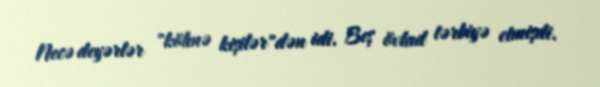
Necə deyərlər "köhnə kişilər"dən idi. Beş övlad tərbiyə etmişdi.